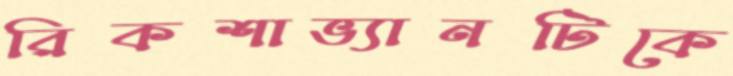
রিকশাভ্যানটিকে